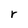
Character: r